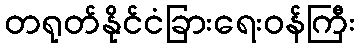
တရုတ်နိုင်ငံခြားရေးဝန်ကြီး